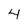
Character: 4